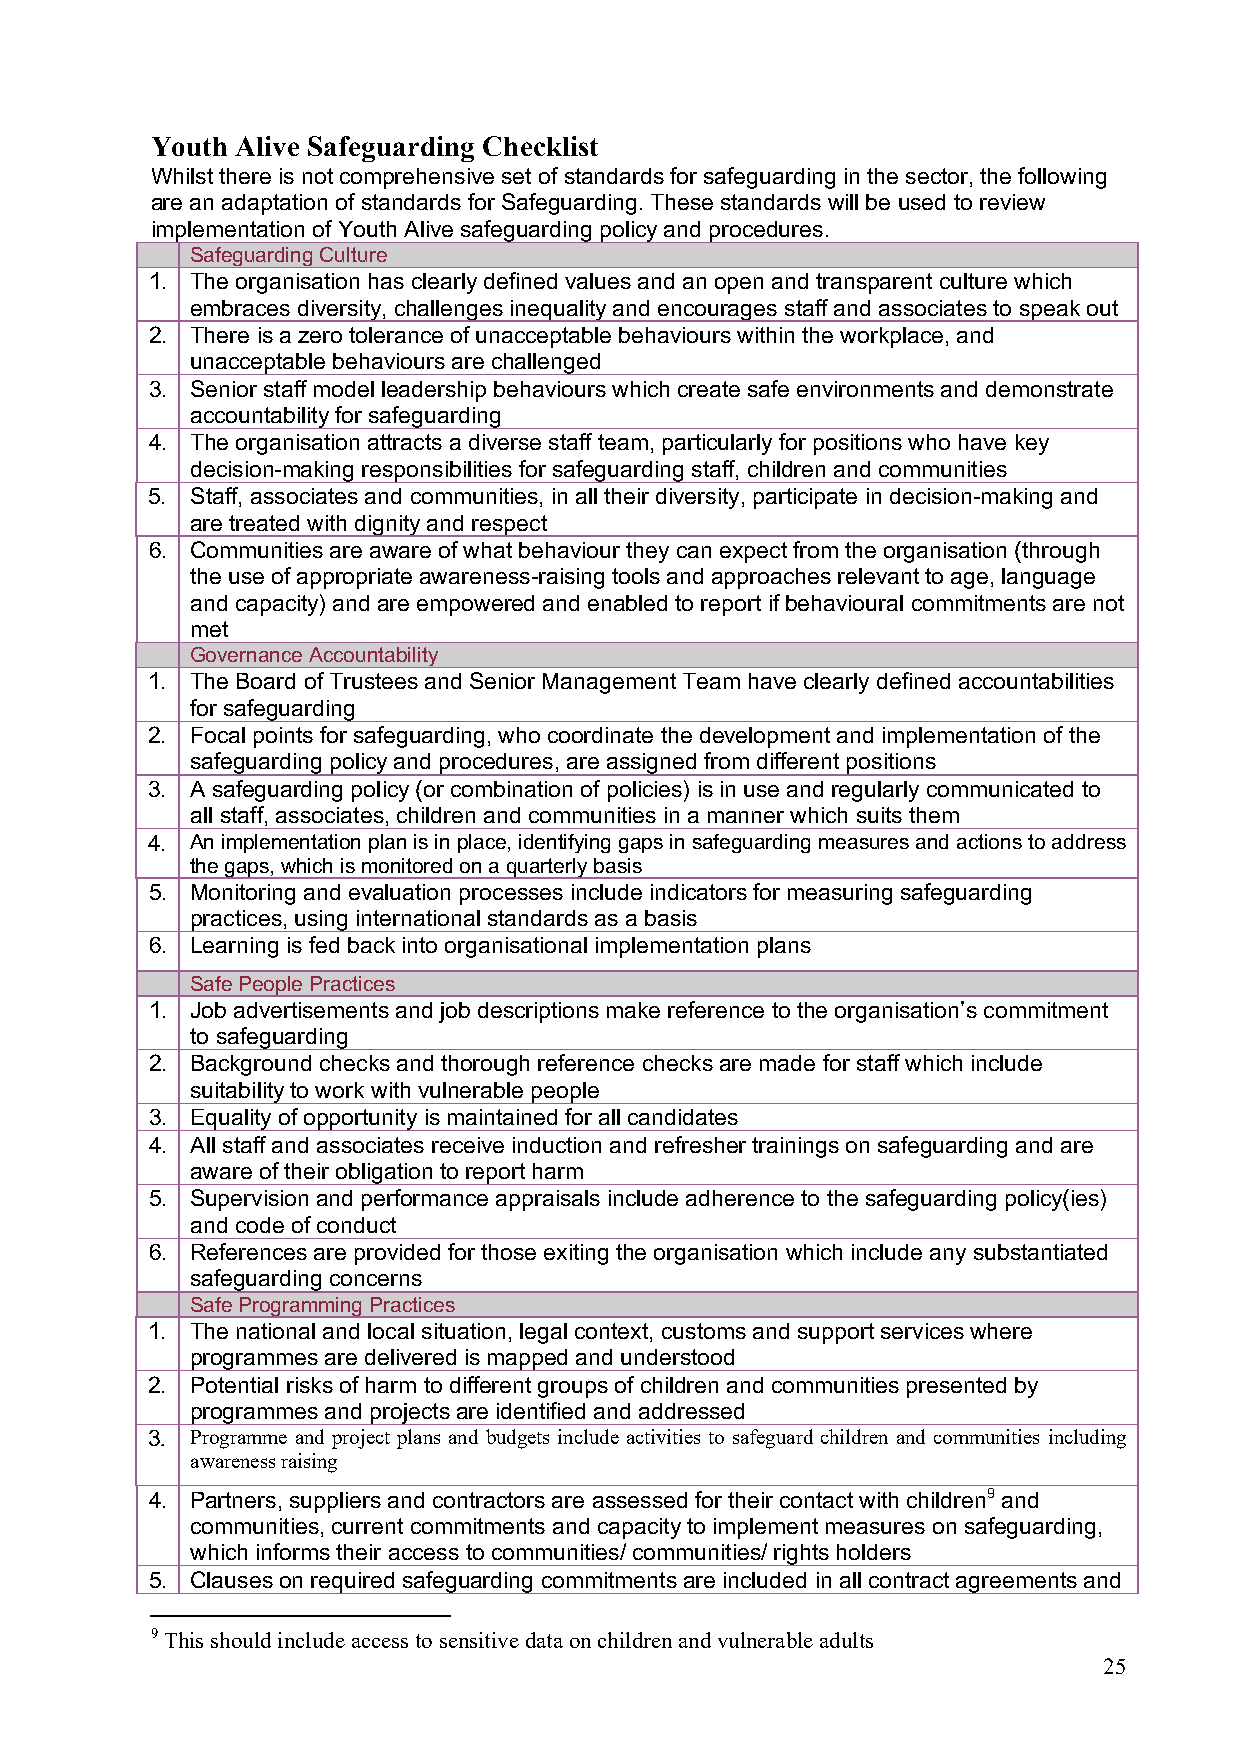
Youth Alive Safeguarding Checklist
 Whilst there is not comprehensive set of standards for safeguarding in the sector, the following
 are an adaptation of standards for Safeguarding. These standards will be used to review
 implementation of Youth Alive safeguarding policy and procedures.
 Safeguarding Culture
 1. The organisation has clearly defined values and an open and transparent culture which
 embraces diversity, challenges inequality and encourages staff and associates to speak out
 2. There is a zero tolerance of unacceptable behaviours within the workplace, and
 unacceptable behaviours are challenged
 3. Senior staff model leadership behaviours which create safe environments and demonstrate
 accountability for safeguarding
 4. The organisation attracts a diverse staff team, particularly for positions who have key
 decision-making responsibilities for safeguarding staff, children and communities
 5. Staff, associates and communities, in all their diversity, participate in decision-making and
 are treated with dignity and respect
 6. Communities are aware of what behaviour they can expect from the organisation (through
 the use of appropriate awareness-raising tools and approaches relevant to age, language
 and capacity) and are empowered and enabled to report if behavioural commitments are not
 met
 Governance Accountability
 1. The Board of Trustees and Senior Management Team have clearly defined accountabilities
 for safeguarding
 2. Focal points for safeguarding, who coordinate the development and implementation of the
 safeguarding policy and procedures, are assigned from different positions
 3. A safeguarding policy (or combination of policies) is in use and regularly communicated to
 all staff, associates, children and communities in a manner which suits them
 4. An implementation plan is in place, identifying gaps in safeguarding measures and actions to address
 the gaps, which is monitored on a quarterly basis
 5. Monitoring and evaluation processes include indicators for measuring safeguarding
 practices, using international standards as a basis
 6. Learning is fed back into organisational implementation plans
 Safe People Practices
 1. Job advertisements and job descriptions make reference to the organisation’s commitment
 to safeguarding
 2. Background checks and thorough reference checks are made for staff which include
 suitability to work with vulnerable people
 3. Equality of opportunity is maintained for all candidates
 4. All staff and associates receive induction and refresher trainings on safeguarding and are
 aware of their obligation to report harm
 5. Supervision and performance appraisals include adherence to the safeguarding policy(ies)
 and code of conduct
 6. References are provided for those exiting the organisation which include any substantiated
 safeguarding concerns
 Safe Programming Practices
 1. The national and local situation, legal context, customs and support services where
 programmes are delivered is mapped and understood
 2. Potential risks of harm to different groups of children and communities presented by
 programmes and projects are identified and addressed
 3. Programme and project plans and budgets include activities to safeguard children and communities including
 awareness raising
 4. Partners, suppliers and contractors are assessed for their contact with children9 and
 communities, current commitments and capacity to implement measures on safeguarding,
 which informs their access to communities/ communities/ rights holders
 5. Clauses on required safeguarding commitments are included in all contract agreements and
 9 This should include access to sensitive data on children and vulnerable adults
 25